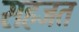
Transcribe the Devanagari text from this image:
सहजत